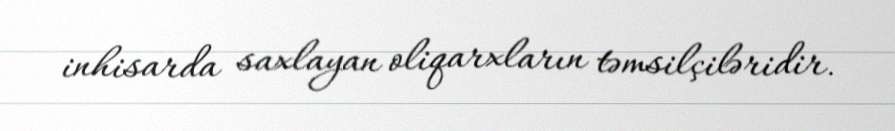
inhisarda saxlayan oliqarxların təmsilçiləridir.